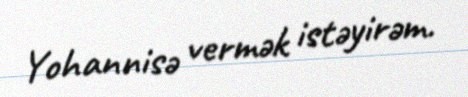
Yohannisə vermək istəyirəm.